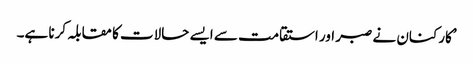
’کارکنان نے صبر اور استقامت سے ایسے حالات کا مقابلہ کرنا ہے۔